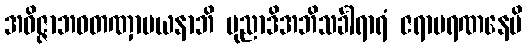
အဝိဇ္ဇာဘဝတဏှာမယနာဘိ ပုညာဒိအဘိသင်္ခါရာရံ ဇရာမရဏနေမိ